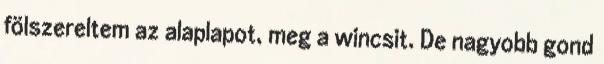
fölszereltem az alaplapot, meg a wincsit. De nagyobb gond